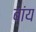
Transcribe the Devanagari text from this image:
बांय